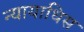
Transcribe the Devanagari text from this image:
न्यायाधिस